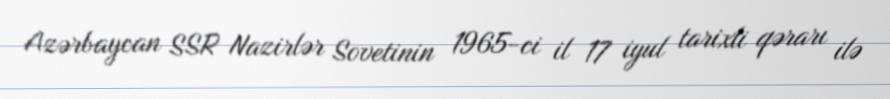
Azərbaycan SSR Nazirlər Sovetinin 1965-ci il 17 iyul tarixli qərarı ilə